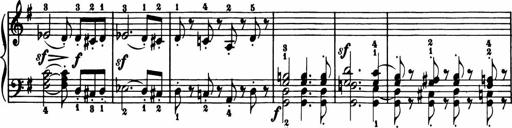
Title: 11 Sonatinas for Piano Solo
Composer: Anton Diabelli